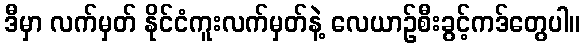
ဒီမှာ လက်မှတ် နိုင်ငံကူးလက်မှတ်နဲ့ လေယာဉ်စီးခွင့်ကဒ်တွေပါ။